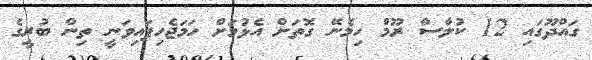
ގައްދޫގައި 12 ކުލާސް ރޫމް ހިމެނޭ ގޮތަށް އެޅުމަށް ހަމަޖެހިފައިވަނީ ތިން ބުރީގެ